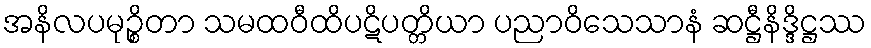
အနိလပမုဉ္စိတာ သမထဝီထိပဋိပတ္တိယာ ပညာဝိသေသာနံ ဆဋ္ဌီနိဒ္ဒိဋ္ဌဿ